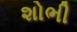
શોભી